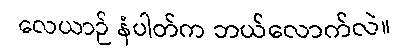
လေယာဉ် နံပါတ်က ဘယ်လောက်လဲ။